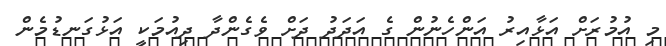
މި އުމުރަށް އަޅާއިރު އަންހެނުން ގެ އަދަދު ދަށް ވެގެންދާ ދިއުމަކީ އަޅުގަނޑުމެން